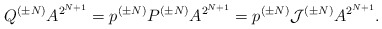
\begin{align*}Q^{(\pm N)} A^{2^{N+1}} =p^{(\pm N)}P^{(\pm N)} A^{2^{N+1}}= p^{(\pm N)}{\cal J}^{(\pm N)}A^{2^{N+1}} .\end{align*}